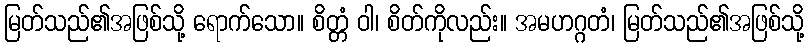
မြတ်သည်၏အဖြစ်သို့ ရောက်သော။ စိတ္တံ ဝါ၊ စိတ်ကိုလည်း။ အမဟဂ္ဂတံ၊ မြတ်သည်၏အဖြစ်သို့